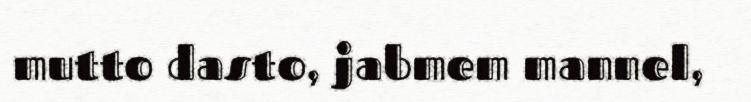
mutto dasto, jabmem mannel,